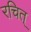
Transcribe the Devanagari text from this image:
रचित्